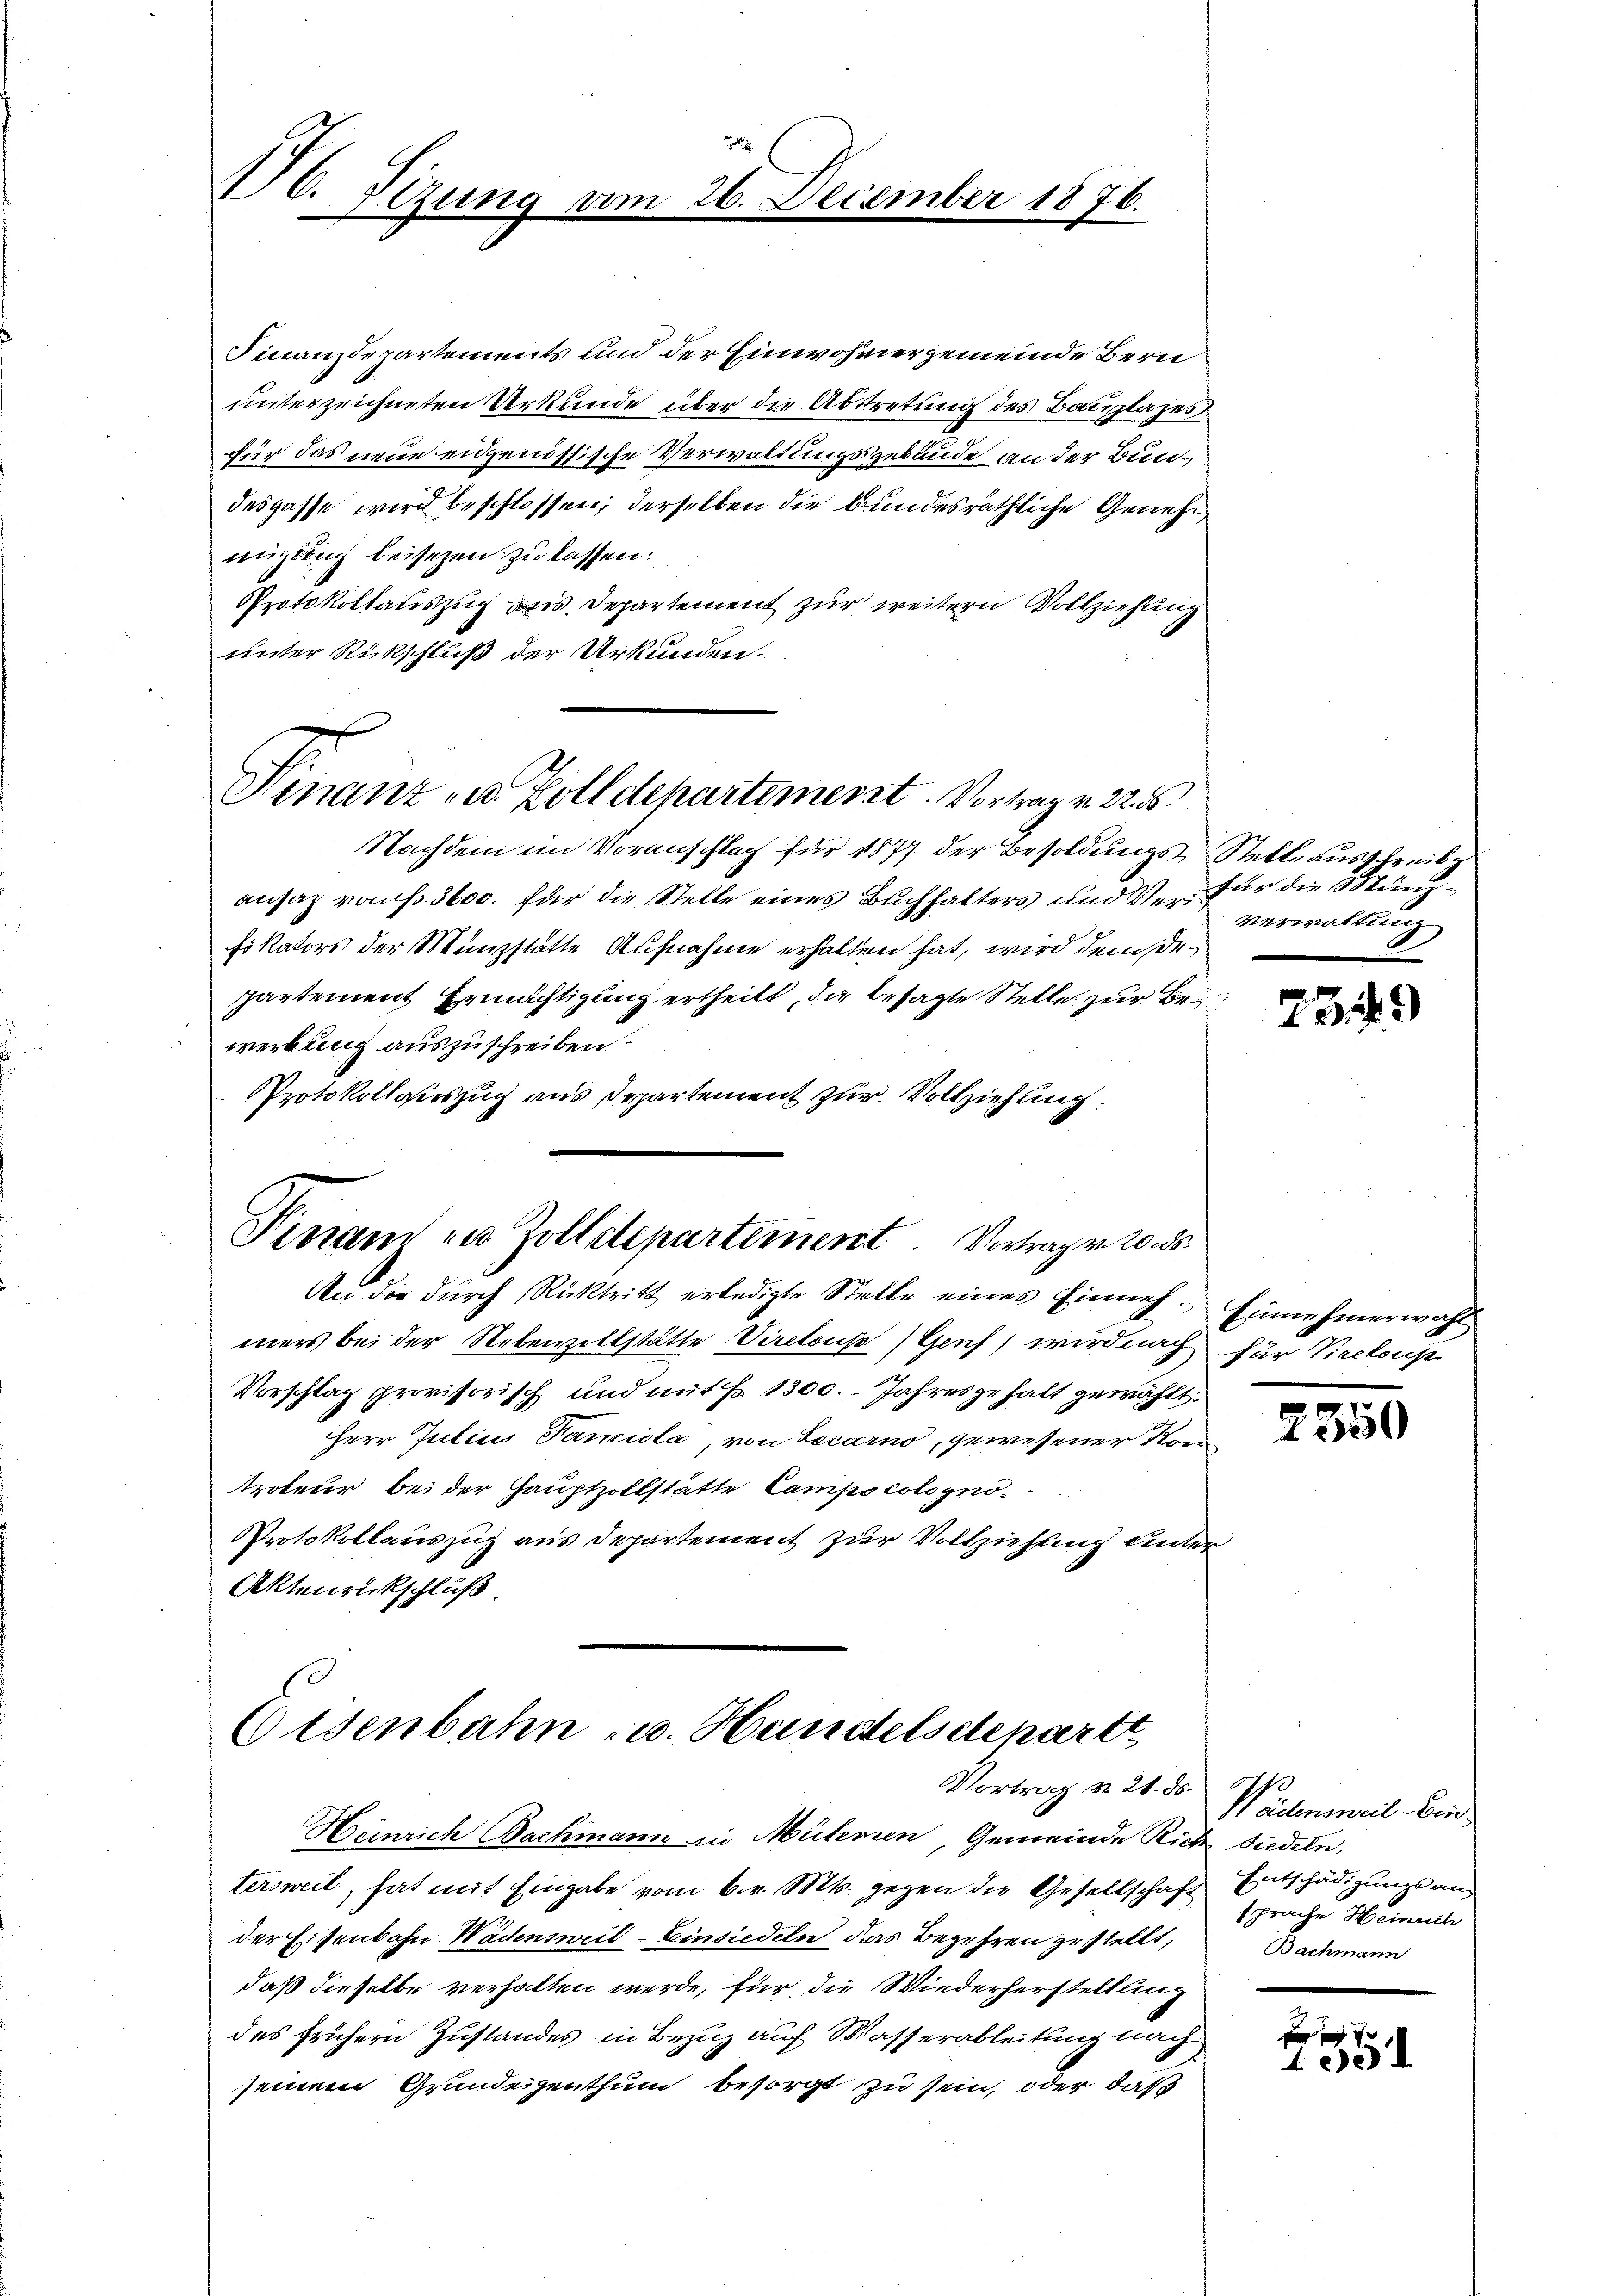
176. Sizung

14.

i
26. December 1876.

Finanzdepartements und der Einwohnergemeinde Bern
unterzeichneten Urkunde über die Abstretung des Bauplazes
für das neue eidgenössische Verwaltungsgebäude an der Bundespasse wird beschlossen, derselben die bundesräthliche Genehmigung beisezen zu lassen:
Protokollauszug aus Departement zur weitern Vollziehung
unter Rückschluß der Urkunden.
Finanz u. Zolldepartemesst. Vortrag v. 22. 55.
Nachdem im Voranschlag für 1877 der Besoldungs-Stelle ausschreibe
ansaz von Fr. 3600. für die Stelle eines Buchhalters und Verfür die Münz¬
Fikators der Münzstatte Aufnahme erhalten hat, wird dem Departement Ermächtigung ertheilt, die besagte Stelle zur Bewerbung auszuschreiben.
Protokollauszug aus Departement zur Vollziehung.

Pirrand in Zolletepartement Vortragen 20. ds.

An die durch Rücktritt erledigte Stelle eines Einnah- Einnehmerwahl
mers bei der Nebenvollstätte Viretous (Genf, wird nach für Vicekons
Vorschlag provisorisch und mit Fr. 1300. Jahresgehalt gewählt.
Herr Jutius Famiola, von Locarno, gewesener Kon
troteur bei der Hauptzollstätte Campscologno¬
Protokollauszug aus Departement zur Vollziehung unter
Aktenrückschluß

Osenbahn u. Handelschepartt,
Vortrag d. 21. ds.

Weinrich Bachmann in Mülerien, Gemeinde Rich siedeln,
tersweil, hat mit Eingabe vom 6. v. Mts. gegen die Gesellschaft Entschädigungsander Eisenbahn Wädensweil–Einsiedeln das Begehren zu stellt,
daß dieselbe verhalten werde, für die Wiederherstellung
des frühern Zustandes in Bezug auf Wasserableitung nach
seinem Grundeigenthum besorgt zu sein, oder daß

Verwaltung
2

2349)

2350

Weidensweil Einsprache Heinrich
Bachmann

x
10